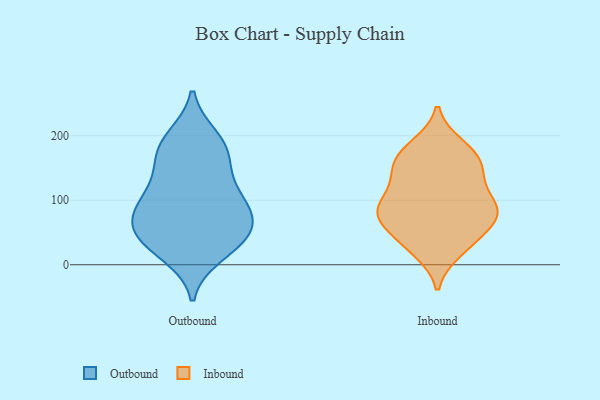
{"axis": {"x": "Waste Production (Tons)", "y": "Value"}, "legend": ["Inbound", "Outbound"], "data": [{"x": "", "y": 189, "type": "Outbound"}, {"x": "", "y": 45, "type": "Outbound"}, {"x": "", "y": 122, "type": "Outbound"}, {"x": "", "y": 59, "type": "Outbound"}, {"x": "", "y": 28, "type": "Outbound"}, {"x": "", "y": 197, "type": "Outbound"}, {"x": "", "y": 183, "type": "Outbound"}, {"x": "", "y": 161, "type": "Outbound"}, {"x": "", "y": 103, "type": "Outbound"}, {"x": "", "y": 152, "type": "Outbound"}, {"x": "", "y": 93, "type": "Outbound"}, {"x": "", "y": 96, "type": "Outbound"}, {"x": "", "y": 79, "type": "Outbound"}, {"x": "", "y": 66, "type": "Outbound"}, {"x": "", "y": 55, "type": "Outbound"}, {"x": "", "y": 16, "type": "Outbound"}, {"x": "", "y": 33, "type": "Outbound"}, {"x": "", "y": 136, "type": "Inbound"}, {"x": "", "y": 21, "type": "Inbound"}, {"x": "", "y": 31, "type": "Inbound"}, {"x": "", "y": 185, "type": "Inbound"}, {"x": "", "y": 30, "type": "Inbound"}, {"x": "", "y": 166, "type": "Inbound"}, {"x": "", "y": 67, "type": "Inbound"}, {"x": "", "y": 96, "type": "Inbound"}, {"x": "", "y": 144, "type": "Inbound"}, {"x": "", "y": 85, "type": "Inbound"}, {"x": "", "y": 85, "type": "Inbound"}, {"x": "", "y": 93, "type": "Inbound"}, {"x": "", "y": 167, "type": "Inbound"}, {"x": "", "y": 83, "type": "Inbound"}, {"x": "", "y": 126, "type": "Inbound"}, {"x": "", "y": 55, "type": "Inbound"}, {"x": "", "y": 85, "type": "Inbound"}, {"x": "", "y": 180, "type": "Inbound"}, {"x": "", "y": 66, "type": "Inbound"}, {"x": "", "y": 148, "type": "Inbound"}]}